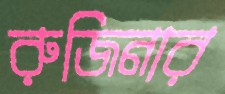
রুজিনার